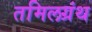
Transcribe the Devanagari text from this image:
तमिलग्रंथ